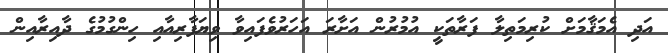
އަދި އެމަޤާމަށް ކުރިމަތިލާ ފަރާތަކީ އުމުރުން އަށާރަ އަހަރުވެފައިވާ ވިޔަފާރިއާއި ހިންގުމުގެ ދާއިރާއިން